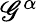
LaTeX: \mathscr{G}^{\alpha}